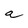
Character: a